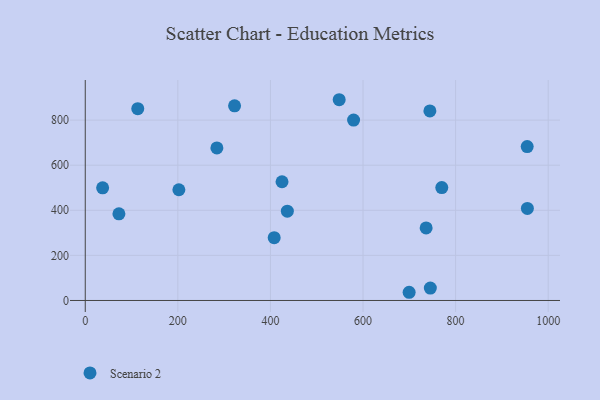
{"axis": {"x": "Engine Size", "y": "Profit"}, "legend": ["Scenario 2"], "data": [{"x": "955.0", "y": 408.1, "type": "Scenario 2"}, {"x": "322.5", "y": 863.5, "type": "Scenario 2"}, {"x": "202.2", "y": 491.1, "type": "Scenario 2"}, {"x": "770.1", "y": 500.7, "type": "Scenario 2"}, {"x": "436.5", "y": 396.2, "type": "Scenario 2"}, {"x": "548.5", "y": 890.4, "type": "Scenario 2"}, {"x": "284.3", "y": 676.5, "type": "Scenario 2"}, {"x": "954.6", "y": 682.4, "type": "Scenario 2"}, {"x": "745.4", "y": 55.1, "type": "Scenario 2"}, {"x": "736.3", "y": 321.9, "type": "Scenario 2"}, {"x": "113.4", "y": 850.6, "type": "Scenario 2"}, {"x": "744.4", "y": 840.7, "type": "Scenario 2"}, {"x": "37.5", "y": 499.6, "type": "Scenario 2"}, {"x": "699.6", "y": 36.4, "type": "Scenario 2"}, {"x": "579.6", "y": 800.0, "type": "Scenario 2"}, {"x": "72.7", "y": 384.3, "type": "Scenario 2"}, {"x": "408.1", "y": 278.5, "type": "Scenario 2"}, {"x": "425.0", "y": 526.6, "type": "Scenario 2"}]}